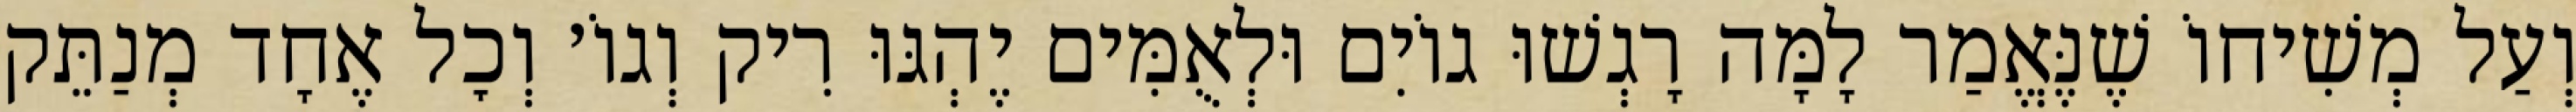
וְעַל מְשִׁיחוֹ שֶׁנֶּאֱמַר לָמָּה רָגְשׁוּ גוֹיִם וּלְאֻמִּים יֶהְגּוּ רִיק וְגוֹ׳ וְכׇל אֶחָד מְנַתֵּק